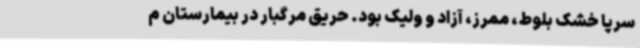
سرپا خشک بلوط، ممرز، آزاد و ولیک بود. حریق مرگبار در بیمارستان‌ م